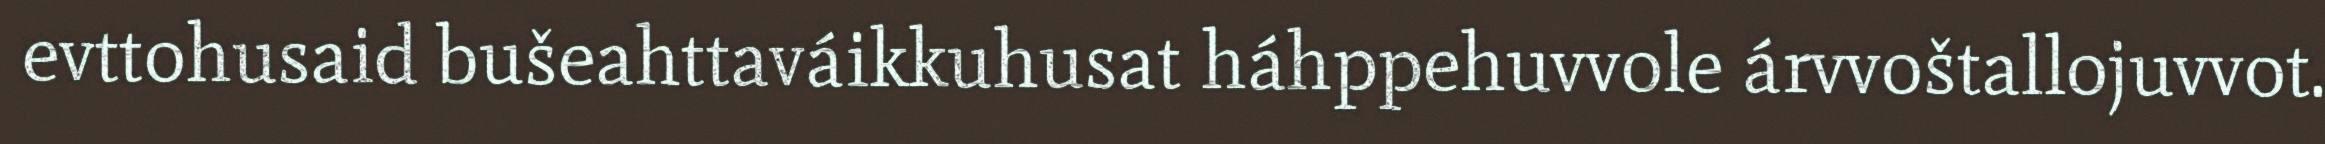
evttohusaid bušeahttaváikkuhusat háhppehuvvole árvvoštallojuvvot.